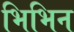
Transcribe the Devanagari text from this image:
भिभिन